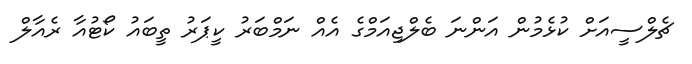
ޗެލްސީއަށް ކުޅެމުން އަންނަ ބެލްޖިއަމްގެ އެއް ނަމްބަރު ކީޕަރު ތީބައު ކޯޓުއާ ރެއާލް